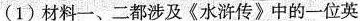
(1)材料一、二都涉及《水浒传》中的一位英